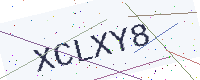
Text: XCLXY8